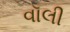
વૉલી